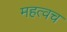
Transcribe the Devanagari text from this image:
महत्वच